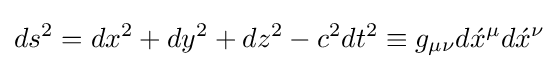
ds^{2}=dx^{2}+dy^{2}+dz^{2}-c^{2}dt^{2}\equiv g_{\mu \nu }d{\acute {x}}^{\mu }d{\acute {x}}^{\nu }